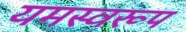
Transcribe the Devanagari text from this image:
यमस्वरूप